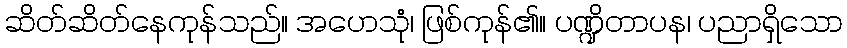
ဆိတ်ဆိတ်နေကုန်သည်။ အဟေသုံ၊ ဖြစ်ကုန်၏။ ပဏ္ဍိတာပန၊ ပညာရှိသော